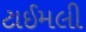
ટાઈમલી